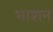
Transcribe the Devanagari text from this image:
भाशन